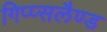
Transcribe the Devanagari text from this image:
गिप्प्सलैण्ड